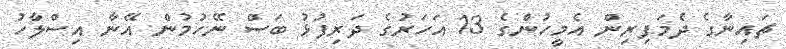
ޗައިނާގެ ދެމަފިރިން އެމީހުންގެ 13 އަހަރުގެ ދަރިފުޅު ބަސް ނޭހުމުން އޭނާ އިސްލާހު